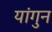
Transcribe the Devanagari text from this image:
यांगुन